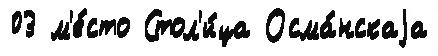
03 м'е́сто Стол'и́ца Осма́нскаjа